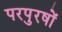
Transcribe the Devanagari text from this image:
परपुरषों